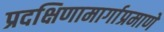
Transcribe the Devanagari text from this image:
प्रदक्षिणामार्गाप्रमाणे